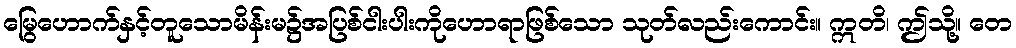
မြွေဟောက်နှင့်တူသောမိန်းမ၌အပြစ်ငါးပါးကိုဟောရာဖြစ်သော သုတ်လည်းကောင်း။ ဣတိ၊ ဤသို့။ တေ